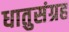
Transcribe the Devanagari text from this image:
धातुसंग्रह